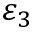
\varepsilon _ { 3 }